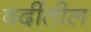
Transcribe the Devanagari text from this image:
वर्दीतील